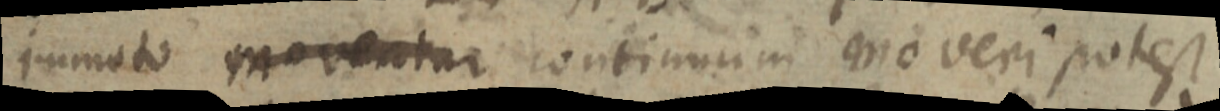
immoto moventur continuum quo veri potest